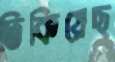
ঢিকিয়েছ